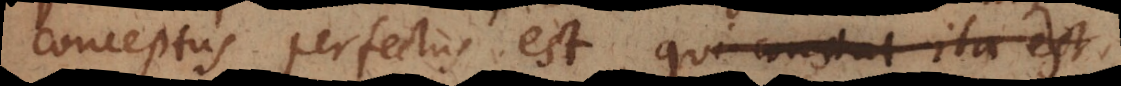
conceptus perfectus est, qui constat ita est,